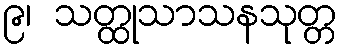
၉၊ သတ္ထုသာသနသုတ္တ